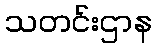
သတင်းဌာန